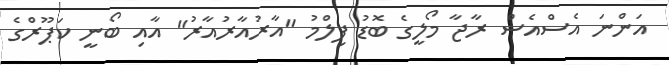
އަންނަ އެސްއެސް ރާޖާ މޯލީގެ ބޮޑު ފިލްމު "އާރުއާރުއާރު" އާއި ބޯނީ ކަޕޫރްގެ